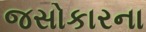
જસોકારના